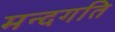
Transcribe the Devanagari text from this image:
मन्दगति